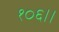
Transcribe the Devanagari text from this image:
१०६।।